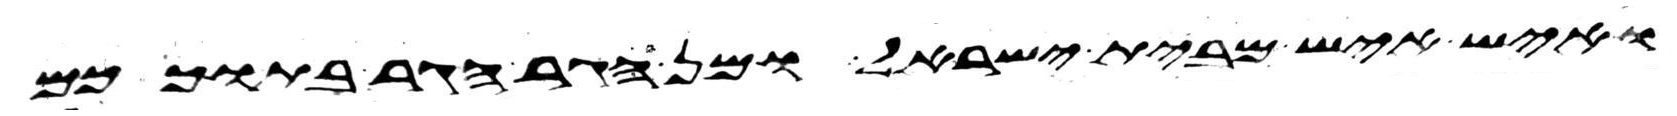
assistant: ואיש איש מבית ישראל ומן הגר הגר בתוככם